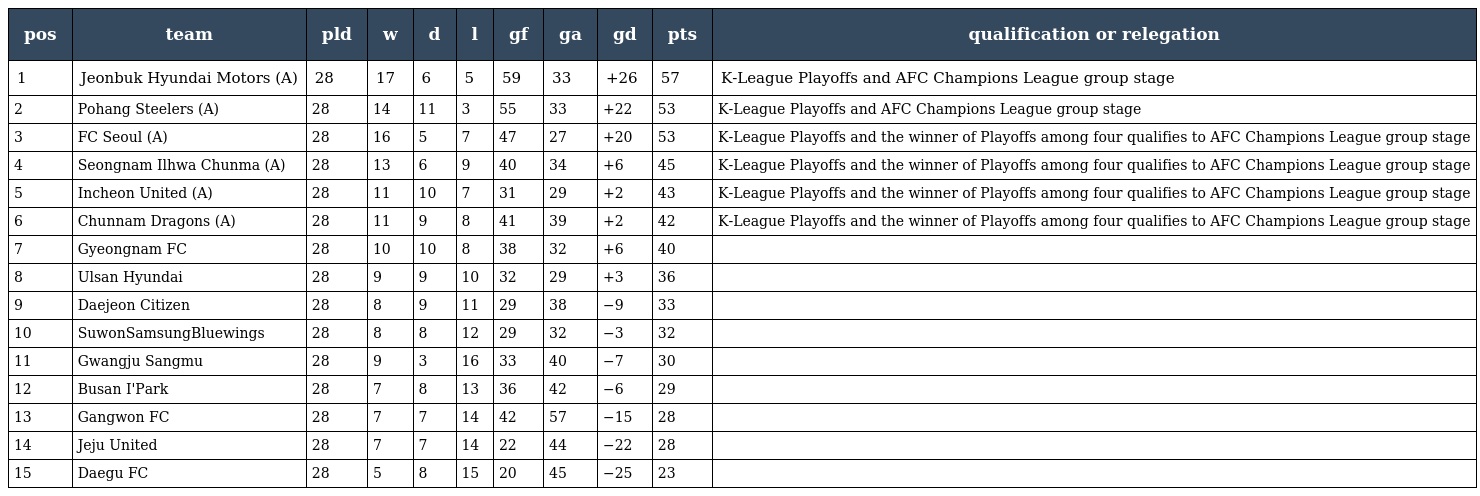
| pos | team | pld | w | d | l | gf | ga | gd | pts | qualification or relegation |
 | --- | --- | --- | --- | --- | --- | --- | --- | --- | --- | --- |
 | 1 | Jeonbuk Hyundai Motors (A) | 28 | 17 | 6 | 5 | 59 | 33 | +26 | 57 | K-League Playoffs and AFC Champions League group stage |
 | 2 | Pohang Steelers (A) | 28 | 14 | 11 | 3 | 55 | 33 | +22 | 53 | K-League Playoffs and AFC Champions League group stage |
 | 3 | FC Seoul (A) | 28 | 16 | 5 | 7 | 47 | 27 | +20 | 53 | K-League Playoffs and the winner of Playoffs among four qualifies to AFC Champions League group stage |
 | 4 | Seongnam Ilhwa Chunma (A) | 28 | 13 | 6 | 9 | 40 | 34 | +6 | 45 | K-League Playoffs and the winner of Playoffs among four qualifies to AFC Champions League group stage |
 | 5 | Incheon United (A) | 28 | 11 | 10 | 7 | 31 | 29 | +2 | 43 | K-League Playoffs and the winner of Playoffs among four qualifies to AFC Champions League group stage |
 | 6 | Chunnam Dragons (A) | 28 | 11 | 9 | 8 | 41 | 39 | +2 | 42 | K-League Playoffs and the winner of Playoffs among four qualifies to AFC Champions League group stage |
 | 7 | Gyeongnam FC | 28 | 10 | 10 | 8 | 38 | 32 | +6 | 40 |  |
 | 8 | Ulsan Hyundai | 28 | 9 | 9 | 10 | 32 | 29 | +3 | 36 |  |
 | 9 | Daejeon Citizen | 28 | 8 | 9 | 11 | 29 | 38 | −9 | 33 |  |
 | 10 | SuwonSamsungBluewings | 28 | 8 | 8 | 12 | 29 | 32 | −3 | 32 |  |
 | 11 | Gwangju Sangmu | 28 | 9 | 3 | 16 | 33 | 40 | −7 | 30 |  |
 | 12 | Busan I'Park | 28 | 7 | 8 | 13 | 36 | 42 | −6 | 29 |  |
 | 13 | Gangwon FC | 28 | 7 | 7 | 14 | 42 | 57 | −15 | 28 |  |
 | 14 | Jeju United | 28 | 7 | 7 | 14 | 22 | 44 | −22 | 28 |  |
 | 15 | Daegu FC | 28 | 5 | 8 | 15 | 20 | 45 | −25 | 23 |  |